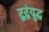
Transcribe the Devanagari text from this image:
द्वद्वंयुद्ध